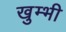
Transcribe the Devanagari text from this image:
खुम्भी